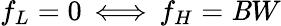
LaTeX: f_{L}=0\, \Longleftrightarrow\, f_{H}=\mathit{B}W